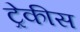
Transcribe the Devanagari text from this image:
ट्रेकीस